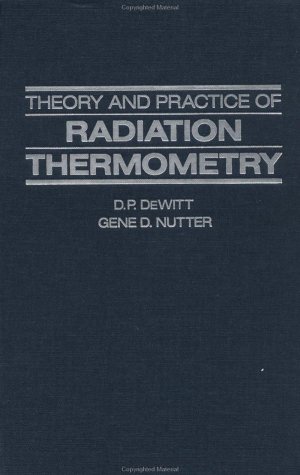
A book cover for Theory and Practice of Radiation Thermometry; Science & Math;